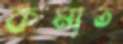
কমাত